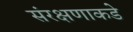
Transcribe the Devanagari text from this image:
संरक्षणाकडे